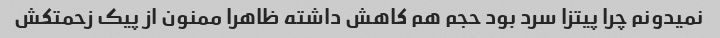
نمیدونم چرا پیتزا سرد بود حجم هم کاهش داشته ظاهرا ممنون از پیک زحمتکش